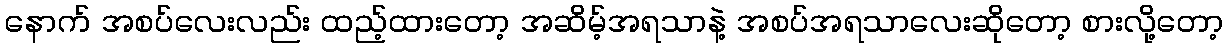
နောက် အစပ်လေးလည်း ထည့်ထားတော့ အဆိမ့်အရသာနဲ့ အစပ်အရသာလေးဆိုတော့ စားလို့တော့